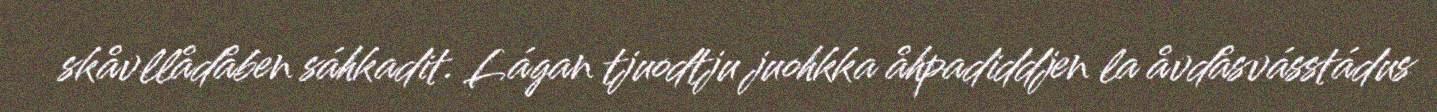
skåvllådåben sáhkadit. Lágan tjuodtju juohkka åhpadiddjen la åvdåsvásstádus